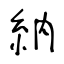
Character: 納